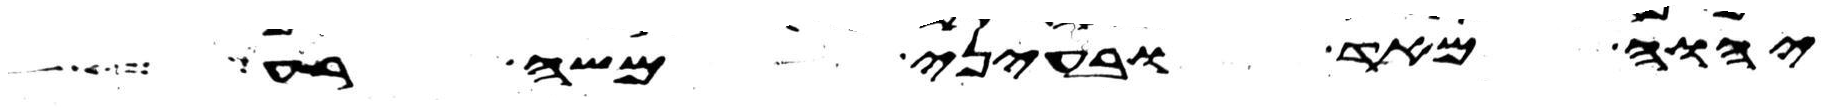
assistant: יהוה מאד ובעיני משה רע